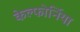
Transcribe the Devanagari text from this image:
केल्फोर्निया